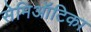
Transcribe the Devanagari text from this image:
सेमिऑटिका